Madras plague regulations in force outside the Presidency town - Volume 1
Disease focus: Plague
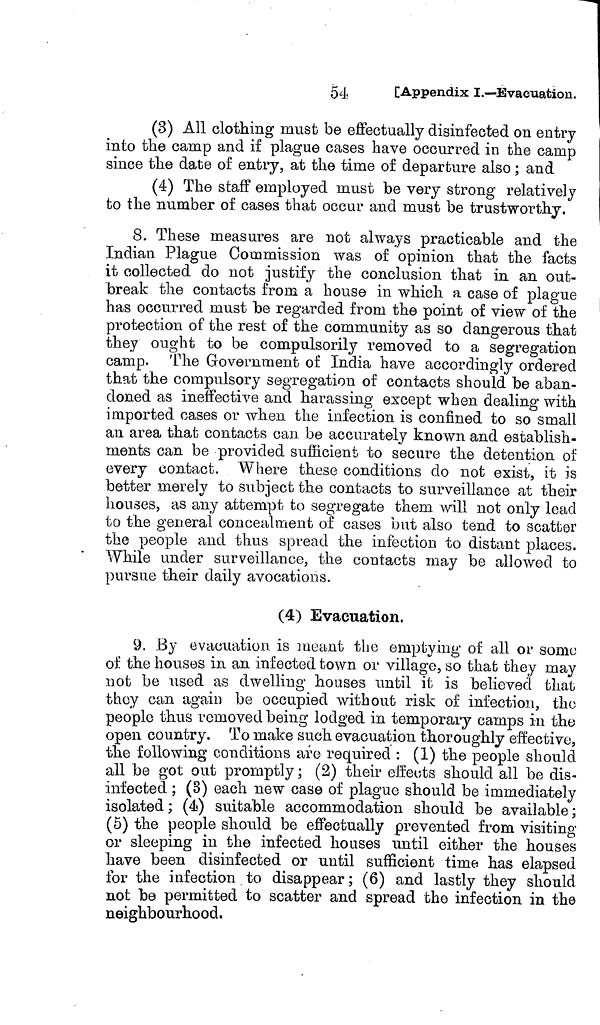
54
[Appendix I.—Evacuation.
(3) All clothing must be effectually disinfected on entry
into the camp and if plague cases have occurred in the camp
since the date of entry, at the time of departure also ; and
(4) The staff employed must be very strong relatively
to the number of cases that occur and must be trustworthy.
8. These measures are not always practicable and the
Indian Plague Commission was of opinion that the facts
it collected do not justify the conclusion that in an out-
break the contacts from a house in which a case of plague
has occurred must be regarded from the point of view of the
protection of the rest of the community as so dangerous that
they ought to be compulsorily removed to a segregation
camp. The Government of India have accordingly ordered
that the compulsory segregation of contacts should be aban-
doned as ineffective and harassing except when dealing with
imported cases or when the infection is confined to so small
an area that contacts can be accurately known and establish-
ments can be provided sufficient to secure the detention of
every contact. Where these conditions do not exist, it is
better merely to subject the contacts to surveillance at their
houses, as any attempt to segregate them will not only lead
to the general concealment of cases but also tend to scatter
the people and thus spread the infection to distant places.
While under surveillance, the contacts may be allowed to
pursue their daily avocations.
(4) Evacuation.
9. By evacuation is meant the emptying of all or some
of the houses in an infected town or village, so that they may
not be used as dwelling houses until it is believed that
they can again be occupied without risk of infection, the
people thus removed being lodged in temporary camps in the
open country. To make such evacuation thoroughly effective,
the following conditions are required : (1) the people should
all be got out promptly ; (2) their effects should all be dis-
infected ; (3) each new case of plague should be immediately
isolated ; (4) suitable accommodation should be available ;
(5) the people should be effectually prevented from visiting
or sleeping in the infected houses until either the houses
have been disinfected or until sufficient time has elapsed
for the infection to disappear ; (6) and lastly they should
not be permitted to scatter and spread the infection in the
neighbourhood.